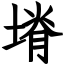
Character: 塉